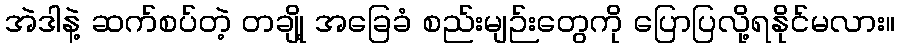
အဲဒါနဲ့ ဆက်စပ်တဲ့ တချို့ အခြေခံ စည်းမျဉ်းတွေကို ပြောပြလို့ရနိုင်မလား။